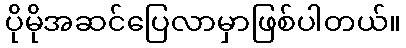
ပိုမိုအဆင်ပြေလာမှာဖြစ်ပါတယ်။